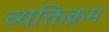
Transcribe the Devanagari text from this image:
व्यक्तिक्रम